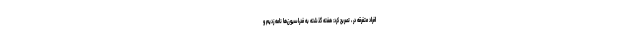
افراد متفرقه در ، تصریح کرد: هفته گذشته به فدراسیون‌ها نامه زدیم و